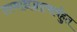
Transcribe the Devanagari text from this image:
तस्माद्यज्ञात्सर्वहुत